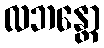
လဘန္တော